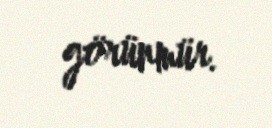
görünmür.